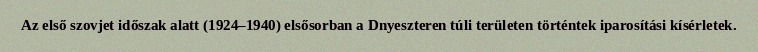
Az első szovjet időszak alatt (1924–1940) elsősorban a Dnyeszteren túli területen történtek iparosítási kísérletek.